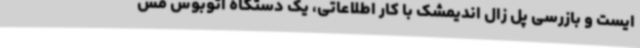
ایست و بازرسی پل زال اندیمشک با کار اطلاعاتی، یک دستگاه اتوبوس مس